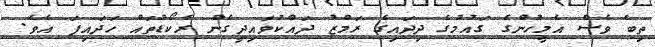
ތިބެ ވެސް އެމީހުންގެ ގައުމުގެ ދިދައިގެ ރަމްޒު ދައްކުވައިދީގެން ރެކޯޑުތައް ހަދައިފަ އެވެ.